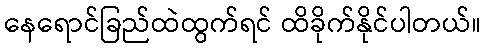
နေရောင်ခြည်ထဲထွက်ရင် ထိခိုက်နိုင်ပါတယ်။